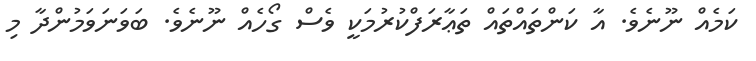
ކަމެއް ނޫނެވެ. އާ ކަންތައްތައް ތަޢާރަފްކުރުމަކީ ވެސް ގޯހެއް ނޫނެވެ. ބަވަނަވަމުންދާ މި